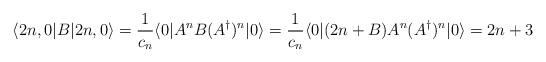
LaTeX: \begin{align*}\langle 2n,0|B|2n,0\rangle = {1\over c_n} \langle0|A^n B (A^\dagger)^n|0\rangle ={1\over c_n} \langle0|(2n+B)A^n (A^\dagger)^n|0\rangle = 2n+3\end{align*}